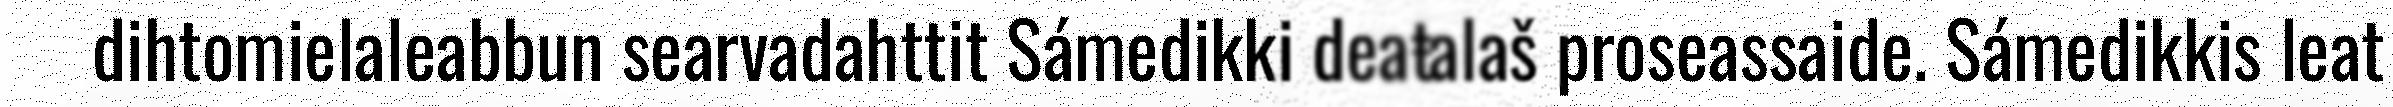
dihtomielaleabbun searvadahttit Sámedikki deaŧalaš proseassaide. Sámedikkis leat